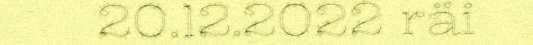
20.12.2022 räi